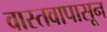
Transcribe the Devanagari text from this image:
वास्तवापासून